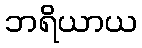
ဘရိယာယ